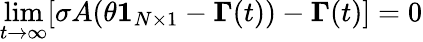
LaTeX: \operatorname*{lim}_{t\to\infty}[\sigma A(\theta\boldsymbol{1}_{N\times 1}-\boldsymbol{\Gamma}(t))-\boldsymbol{\Gamma}(t)]=0